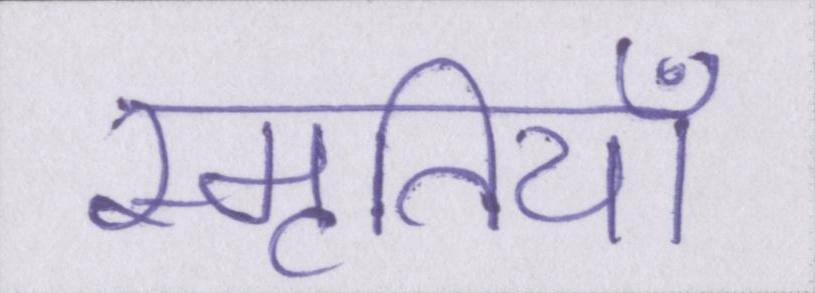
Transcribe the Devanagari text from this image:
स्मृतियाँ